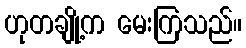
ဟုတချို့က မေးကြသည်။